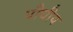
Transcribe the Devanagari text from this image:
पौधीय